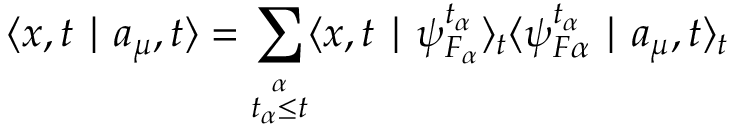
\langle x , t \mid a _ { \mu } , t \rangle = \sum _ { \stackrel { \alpha } { t _ { \alpha } \leq t } } \langle x , t \mid \psi _ { F _ { \alpha } } ^ { t _ { \alpha } } \rangle _ { t } \langle \psi _ { F \alpha } ^ { t _ { \alpha } } \mid a _ { \mu } , t \rangle _ { t }